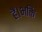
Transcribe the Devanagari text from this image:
हैं।भक्ति